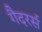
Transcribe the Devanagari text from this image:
गैदरर्स